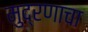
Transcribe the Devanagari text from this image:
मुद्रणाचा